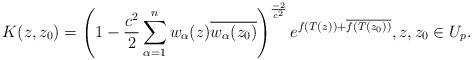
LaTeX: \begin{align*} K(z, {z_0})= \left (1 - \frac{c^2}{2} \sum_{\alpha=1}^n w_\alpha(z) \overline {w_\alpha(z_0)} \right )^{\frac{-2}{c^2}} e^{f(T(z))+\overline{f(T({z_0}))}}, z, z_0\in U_p.\end{align*}